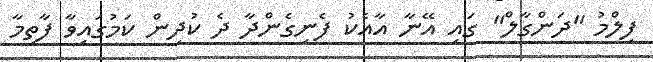
ފިލްމު "ދަންގާލް" ގައި އޭނާ އާއެކު ފެނިގެންދާ ދެ ކުދިން ކަމުގައިވާ ފާތިމާ